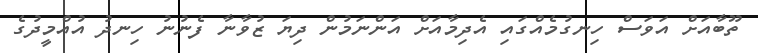
ތޫބާއަށް އަވަސް ހިނގުމެއްގައި އެދިމާއަށް އަންނަމުން ދިޔަ ޒުވާނާ ފެނުނު ހިނދު އުއްމީދުގެ